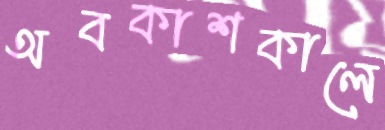
অবকাশকালে